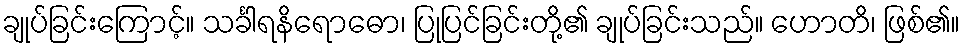
ချုပ်ခြင်းကြောင့်။ သင်္ခါရနိရောဓော၊ ပြုပြင်ခြင်းတို့၏ ချုပ်ခြင်းသည်။ ဟောတိ၊ ဖြစ်၏။